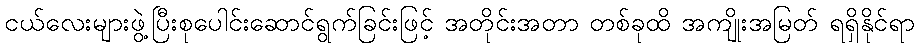
ငယ်လေးများဖွဲ့ပြီးစုပေါင်းဆောင်ရွက်ခြင်းဖြင့် အတိုင်းအတာ တစ်ခုထိ အကျိုးအမြတ် ရရှိနိုင်ရာ